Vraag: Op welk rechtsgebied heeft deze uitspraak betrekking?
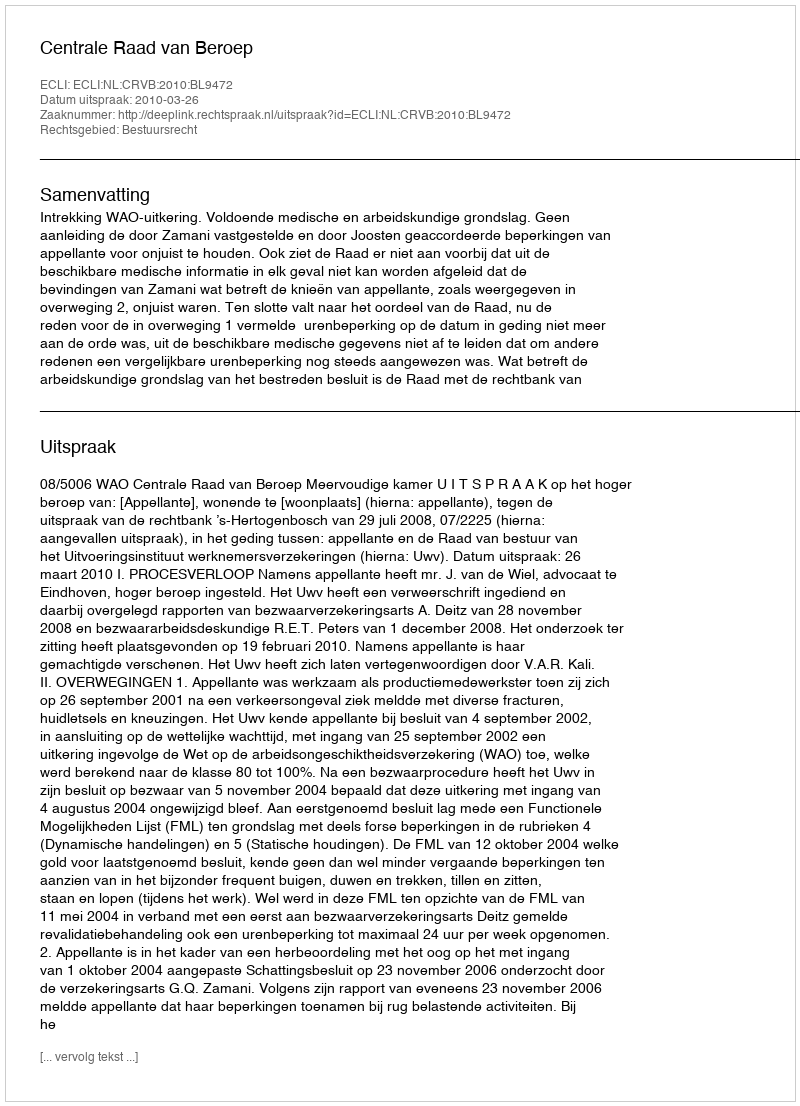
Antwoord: Bestuursrecht